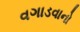
વગાડવાનો